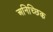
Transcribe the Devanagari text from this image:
अनिच्छिक